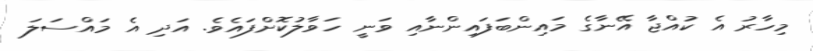
މިހާރު އެ ކުއްޖާ އޭނާގެ މައިންބަފައިންނާއި ވަނީ ހަވާލުކޮށްފައެވެ. އަދި އެ މައްސަލަ